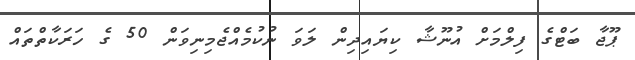
ޕޫޖާ ބަޓްގެ ފިލްމަށް އުނޫޝާ ކިޔައިދިން ލަވަ ނުކުމެއްޖެމިނިވަން 50 ގެ ހަރަކާތްތައް